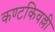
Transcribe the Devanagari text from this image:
कण्टकिवल्ली